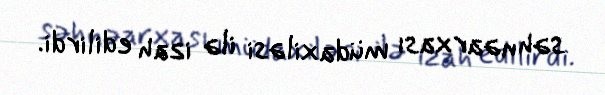
səhnəarxası müdaxiləsi ilə izah edilirdi.